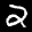
Label: 2